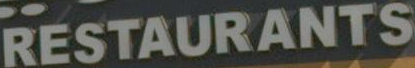
RESTAURANTS